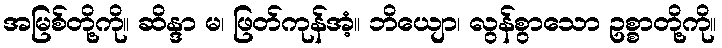
အမြစ်တို့ကို။ ဆိန္ဒာ မ၊ ဖြတ်ကုန်အံ့။ ဘိယျော၊ လွန်စွာသော ဥစ္စာတို့ကို။